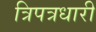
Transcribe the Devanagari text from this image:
त्रिपत्रधारी